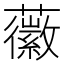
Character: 𧃸